65_HS1-834228961_62-HQ-83894_Serial_164
Agency: FBI
Page 42
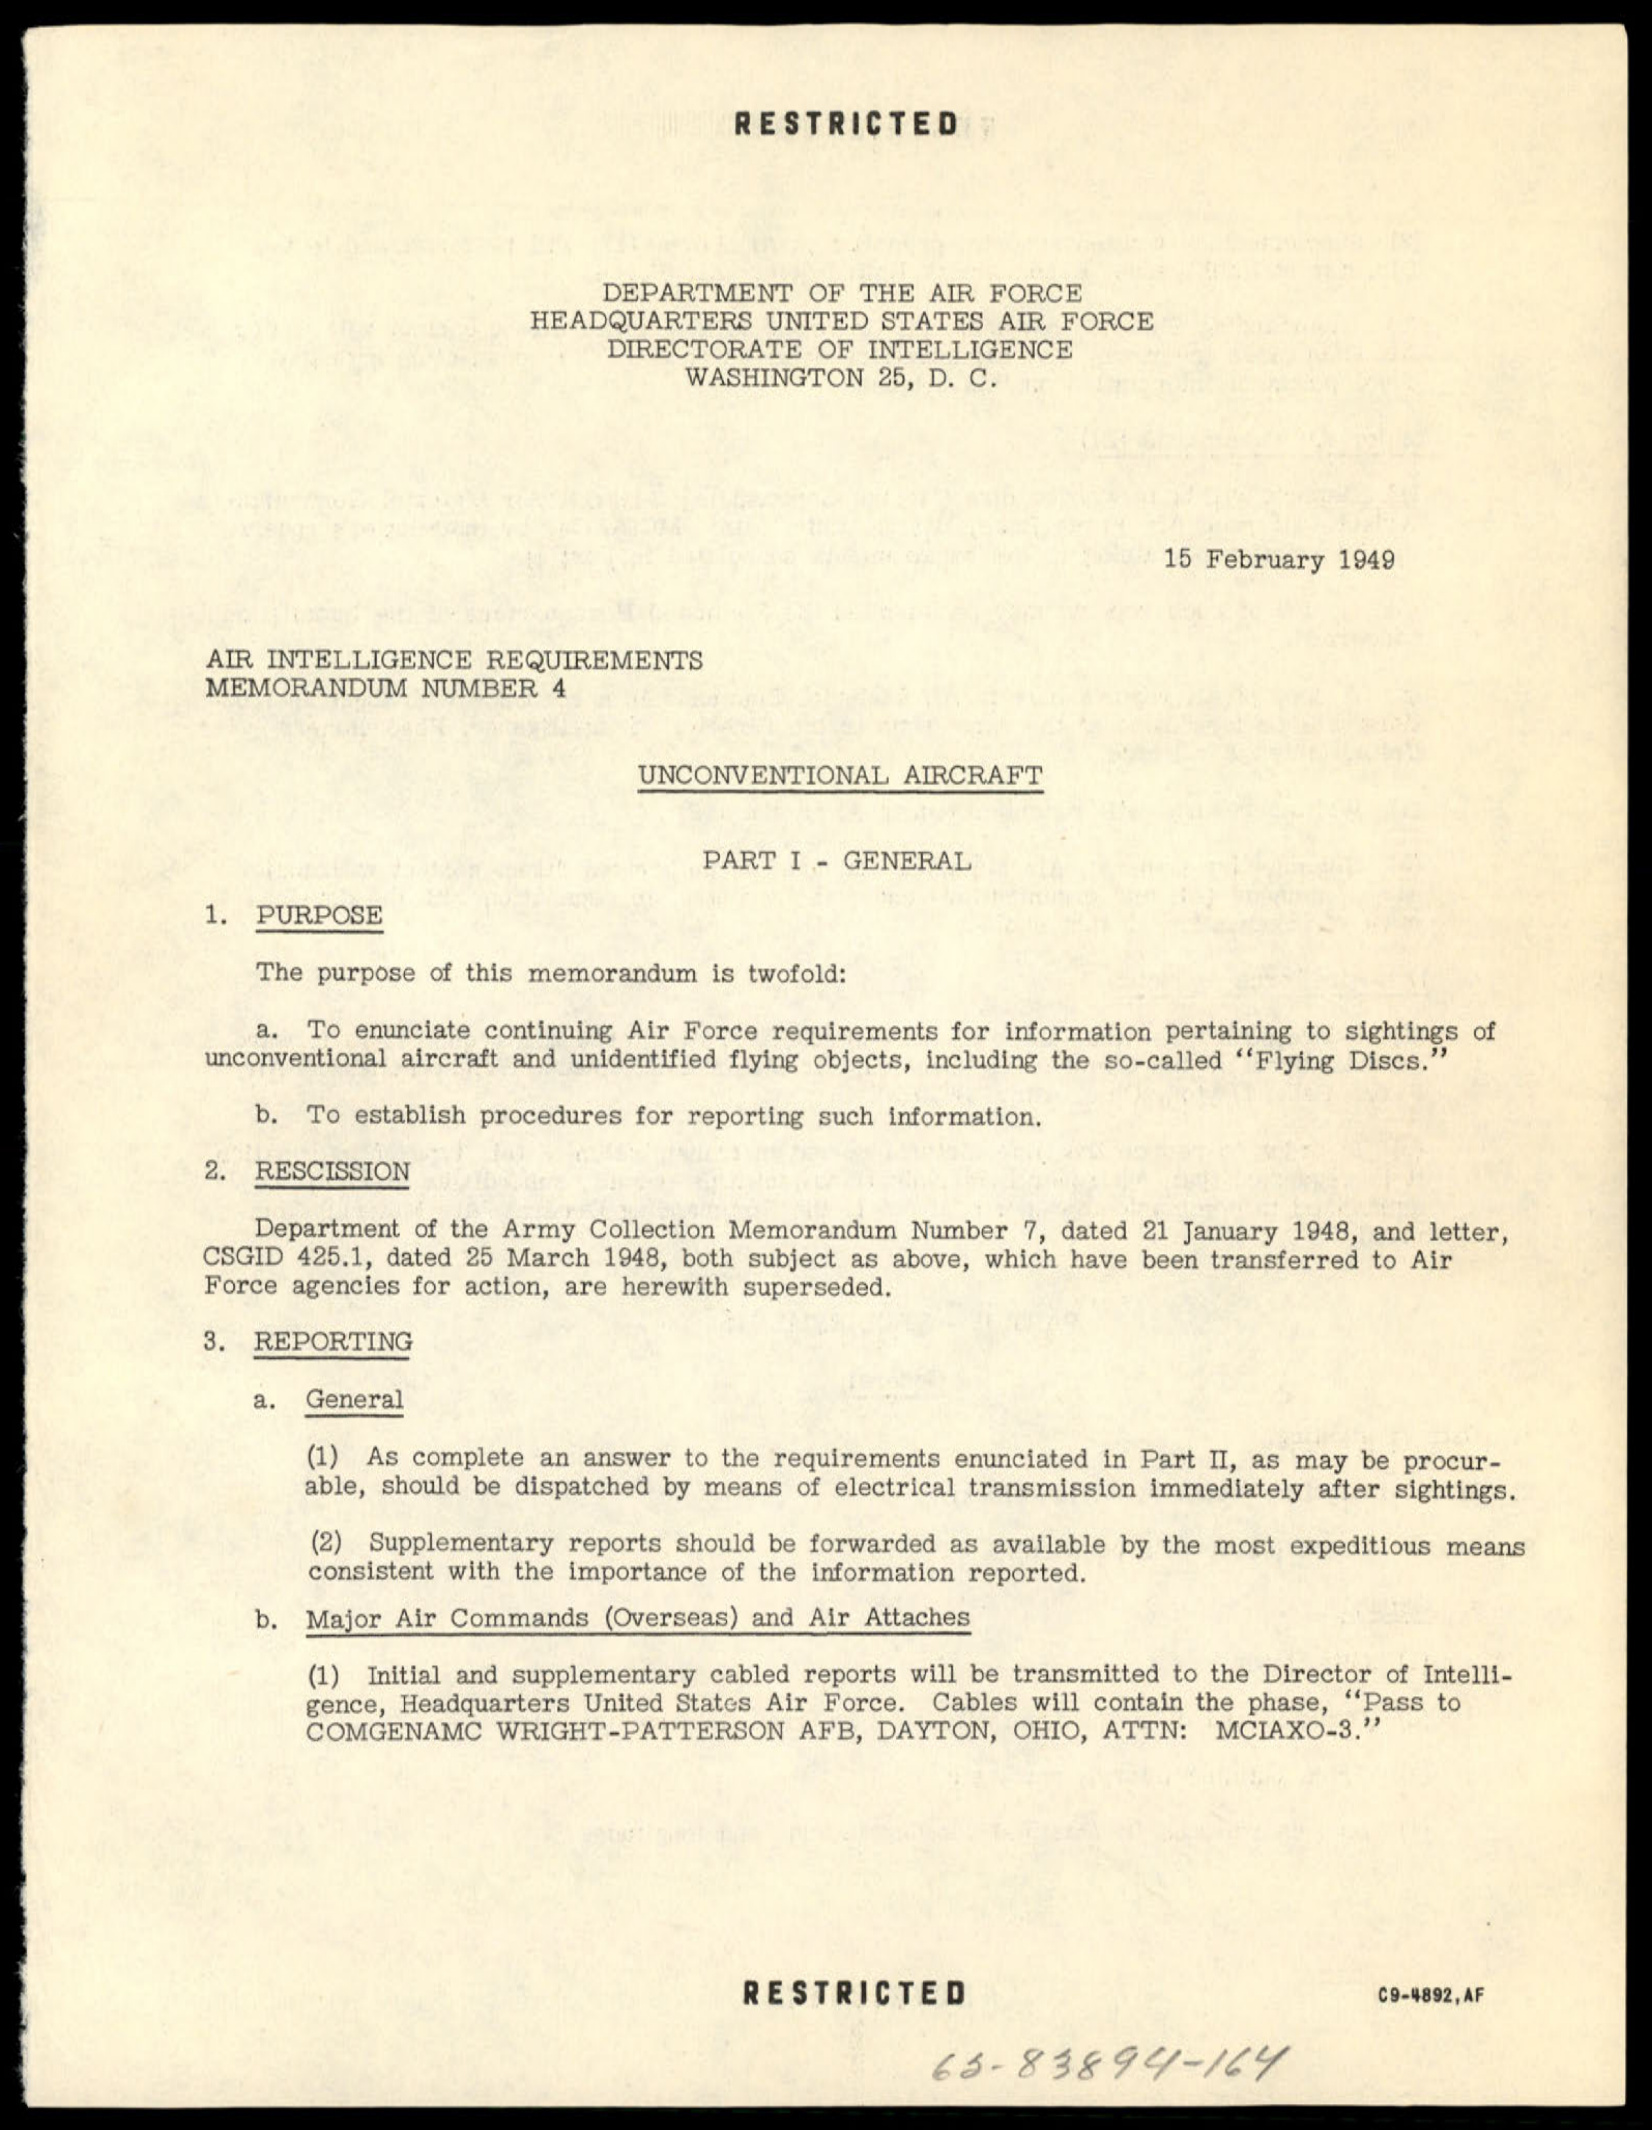